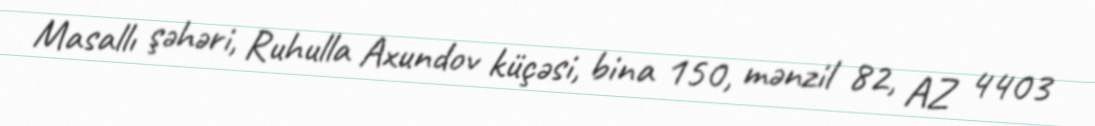
Masallı şəhəri, Ruhulla Axundov küçəsi, bina 150, mənzil 82, AZ 4403